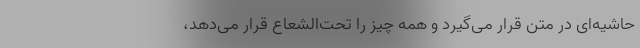
حاشیه‌ای در متن قرار می‌گیرد و همه چیز را تحت‌الشعاع قرار می‌دهد،